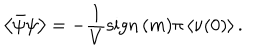
\left< \bar { \psi } \psi \right> = - \frac { 1 } { V } \mathrm { s i g n } { \, } ( m ) \pi \left< \nu ( 0 ) \right> .